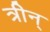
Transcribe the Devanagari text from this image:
त्रीन्